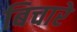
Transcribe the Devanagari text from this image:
बिचारे